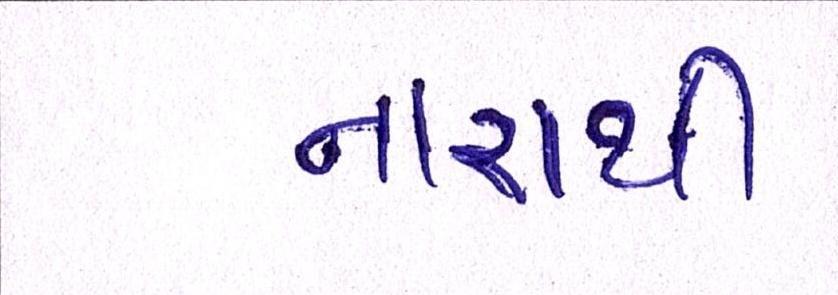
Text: નારાથી